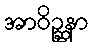
အာဝိဉ္ဆနာ